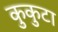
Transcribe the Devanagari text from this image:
कुकुटा